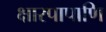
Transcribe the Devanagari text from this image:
क्षारपापाणि